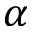
\alpha